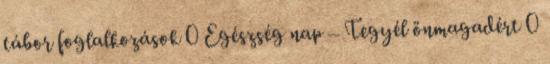
tábor foglalkozások 0 Egészség nap – Tegyél önmagadért 0